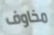
مخاوف